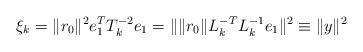
LaTeX: \begin{align*}\xi_{k}=\|r_{0}\|^{2}e_{1}^{T}T_{k}^{-2}e_{1}=\|\|r_{0}\|L_{k}^{-T}L_{k}^{-1}e_{1}\|^{2}\equiv\|y\|^{2}\end{align*}